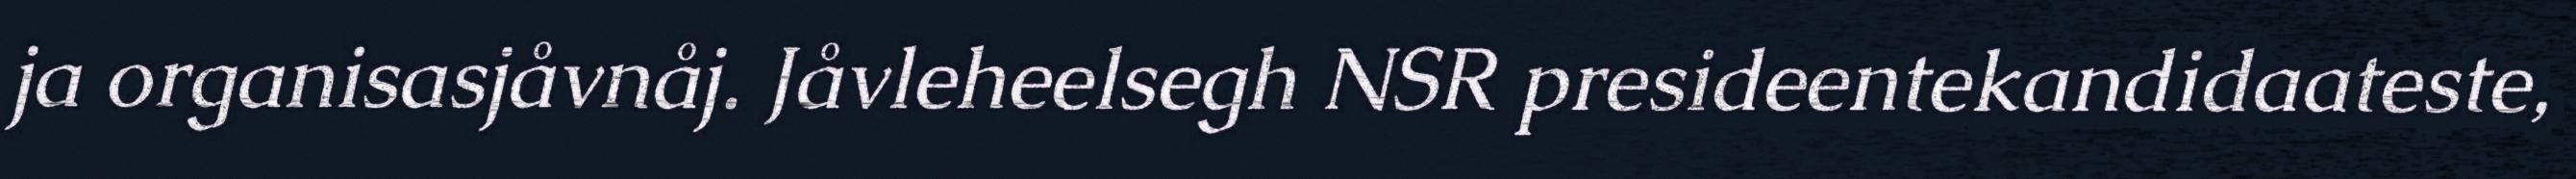
ja organisasjåvnåj. Jåvleheelsegh NSR presideentekandidaateste,